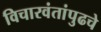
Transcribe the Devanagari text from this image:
विचारवंतांपुढचे